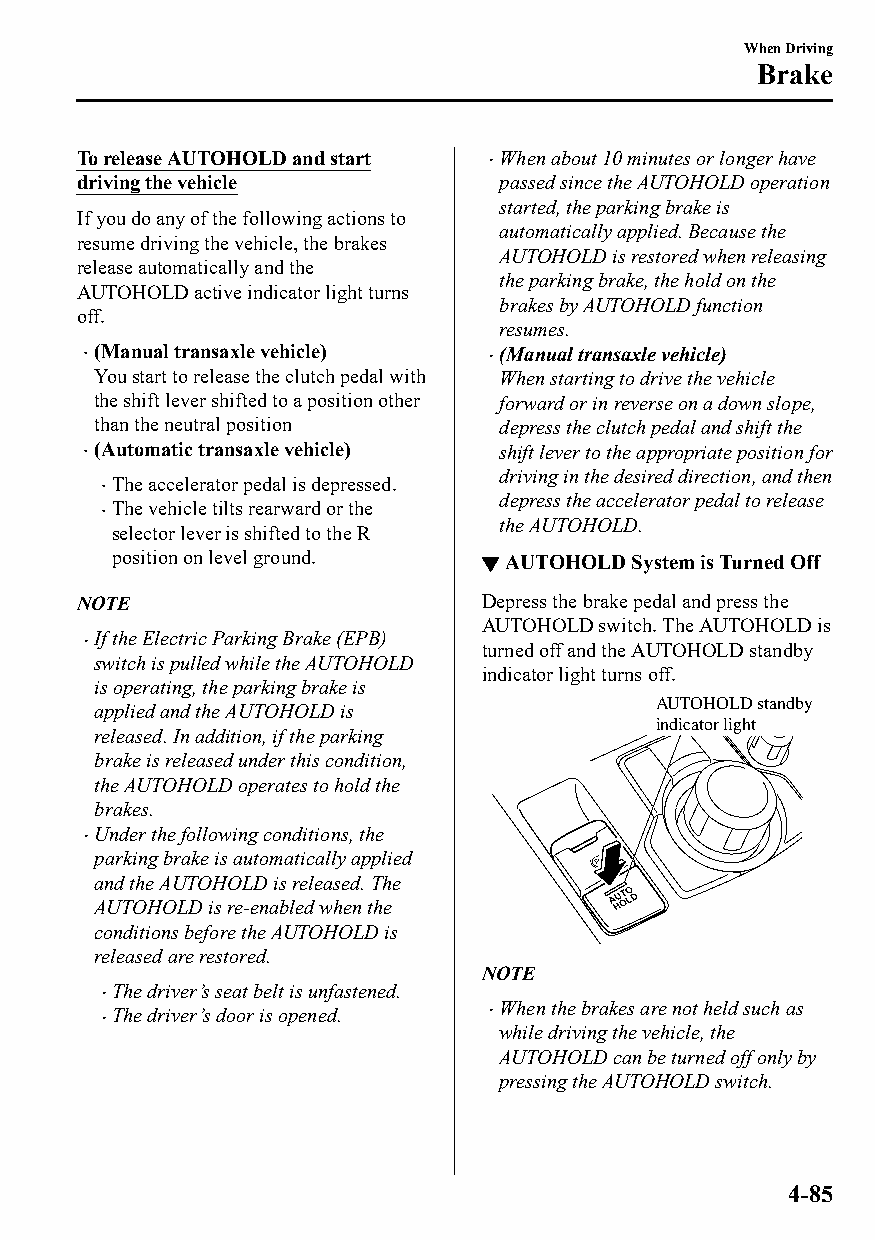
When Driving
 Brake
 To release AUTOHOLD and start When about 10 minutes or longer have
 
 driving the vehicle         passed since the AUTOHOLD operation
 started, the parking brake is
 If you do any of the following actions to
 automatically applied. Because the
 resume driving the vehicle, the brakes
 AUTOHOLD is restored when releasing
 release automatically and the
 the parking brake, the hold on the
 AUTOHOLD active indicator light turns
 brakes by AUTOHOLD function
 off.
 resumes.
  (Manual transaxle vehicle) (Manual transaxle vehicle)
 You start to release the clutch pedal with When starting to drive the vehicle
 the shift lever shifted to a position other forward or in reverse on a down slope,
 than the neutral position  depress the clutch pedal and shift the
  (Automatic transaxle vehicle) shift lever to the appropriate position for
 driving in the desired direction, and then
 The accelerator pedal is depressed.
 
 depress the accelerator pedal to release
 The vehicle tilts rearward or the
 
 the AUTOHOLD.
 selector lever is shifted to the R
 position on level ground. ▼AUTOHOLD System is Turned Off
 NOTE                       Depress the brake pedal and press the
 AUTOHOLD switch. The AUTOHOLD is
 If the Electric Parking Brake (EPB)
                           turned off and the AUTOHOLD standby
 switch is pulled while the AUTOHOLD
 indicator light turns off.
 is operating, the parking brake is
 AUTOHOLD standby
 applied and the AUTOHOLD is
 indicator light
 released. In addition, if the parking
 brake is released under this condition,
 the AUTOHOLD operates to hold the
 brakes.
 Under the following conditions, the
 
 parking brake is automatically applied
 and the AUTOHOLD is released. The
 AUTOHOLD is re-enabled when the
 conditions before the AUTOHOLD is
 released are restored.
 NOTE
 The driver’s seat belt is unfastened.
 
 When the brakes are not held such as
 The driver’s door is opened. 
 
 while driving the vehicle, the
 AUTOHOLD can be turned off only by
 pressing the AUTOHOLD switch.
 4-85
 CX-3_8GT4-EE-18D_Edition4                  2018-9-6 18:32:19